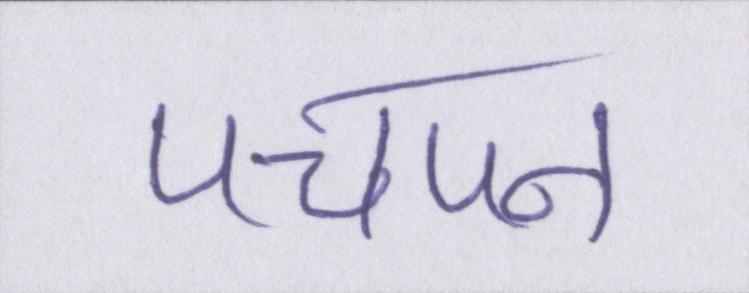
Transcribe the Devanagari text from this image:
पचपन